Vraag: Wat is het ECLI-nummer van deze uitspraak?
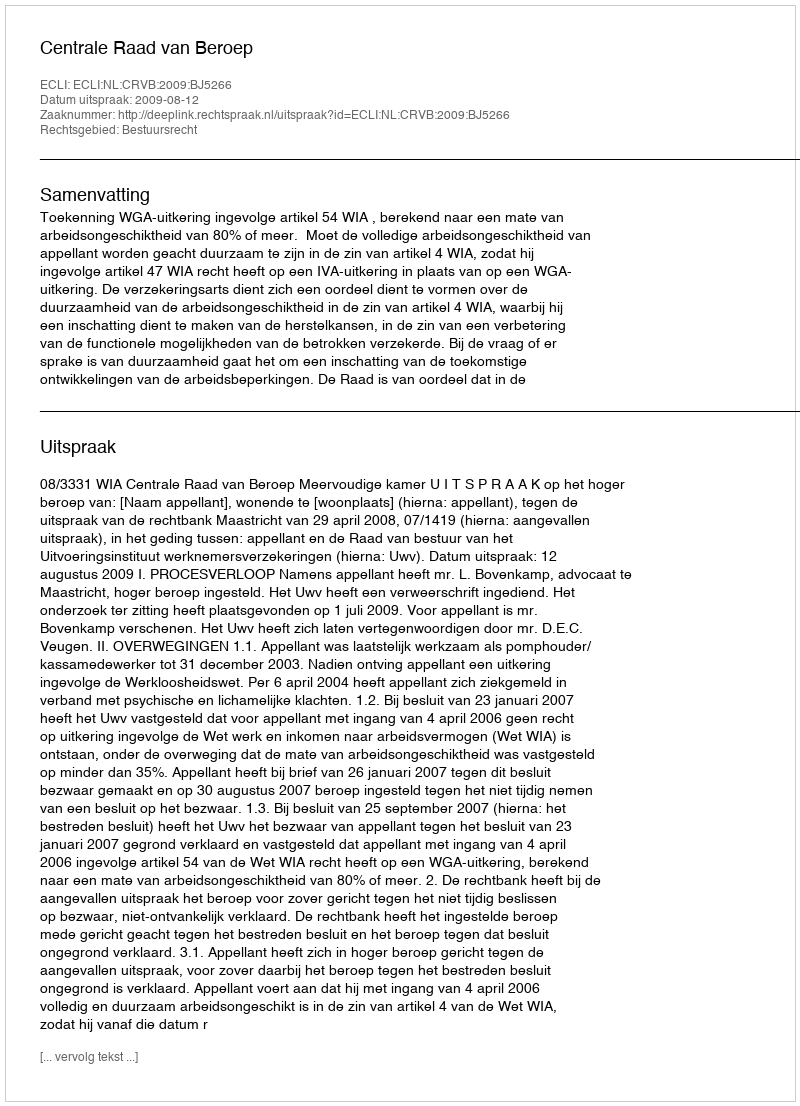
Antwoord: ECLI:NL:CRVB:2009:BJ5266